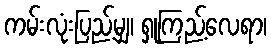
ကမ်းလုံးပြည့်မျှ၊ ရှုကြည့်လေရာ၊